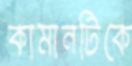
কামানটিকে